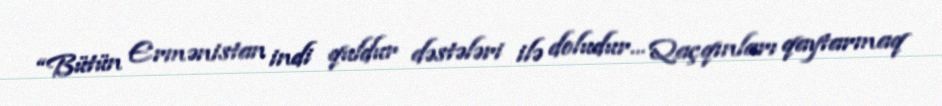
“Bütün Ermənistan indi quldur dəstələri ilə doludur... Qaçqınları qaytarmaq